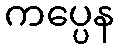
ကပ္ပေန